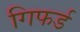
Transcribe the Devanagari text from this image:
गिफर्ड